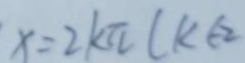
x = 2 k \pi ( k \in 2